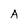
Character: A